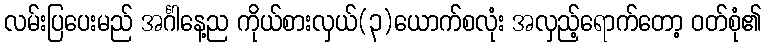
လမ်းပြပေးမည် အင်္ဂါနေ့ည ကိုယ်စားလှယ်(၃)ယောက်စလုံး အလှည့်ရောက်တော့ ဝတ်စုံ၏